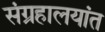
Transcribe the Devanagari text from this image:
संग्रहालयांत